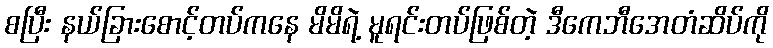
စပြီး နယ်ခြားစောင့်တပ်ကနေ မိမိရဲ့ မူရင်းတပ်ဖြစ်တဲ့ ဒီကေဘီအေတံဆိပ်ကို